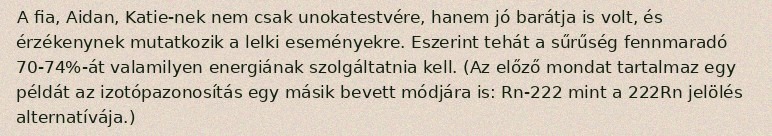
A fia, Aidan, Katie-nek nem csak unokatestvére, hanem jó barátja is volt, és érzékenynek mutatkozik a lelki eseményekre. Eszerint tehát a sűrűség fennmaradó 70-74%-át valamilyen energiának szolgáltatnia kell. (Az előző mondat tartalmaz egy példát az izotópazonosítás egy másik bevett módjára is: Rn-222 mint a 222Rn jelölés alternatívája.)